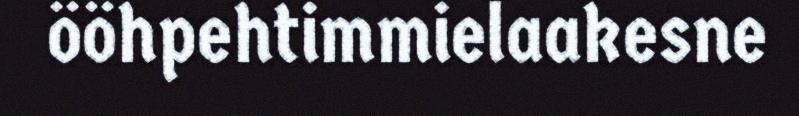
ööhpehtimmielaakesne